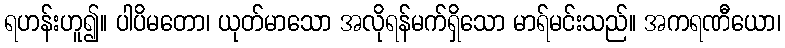
ရဟန်းဟူ၍။ ပါပိမတော၊ ယုတ်မာသော အလိုရန်မက်ရှိသော မာရ်မင်းသည်။ အကရဏီယော၊